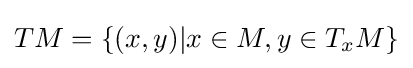
TM=\{(x,y)|x\in M,y\in T_{x}M\}